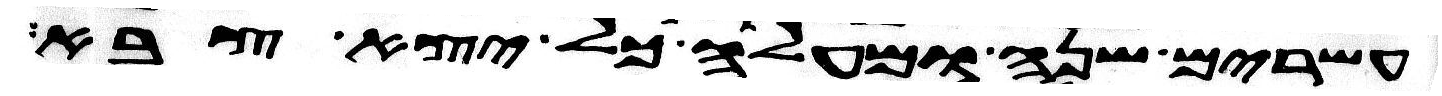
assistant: עשרים שנה ומעלה כל יצא צבא